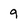
Character: 9